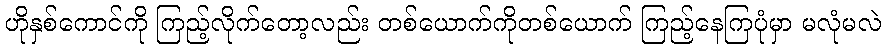
ဟိုနှစ်ကောင်ကို ကြည့်လိုက်တော့လည်း တစ်ယောက်ကိုတစ်ယောက် ကြည့်နေကြပုံမှာ မလုံမလဲ